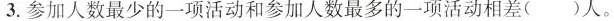
3.参加人数最少的一项活动和参加人数最多的一项活动相差( )人。